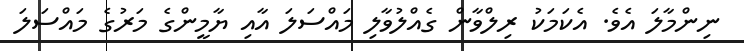
ނިންމާލަ އެވެ. އެކަމަކު ރިލްވާން ގެއްލުވާލި މައްސަލަ އާއި ޔާމީންގެ މަރުގެ މައްސަލަ